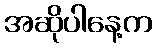
အဆိုပါနေ့က